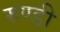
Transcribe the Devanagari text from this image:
रुण्डी